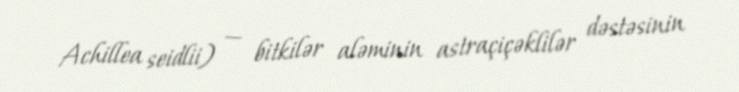
Achillea seidlii) — bitkilər aləminin astraçiçəklilər dəstəsinin